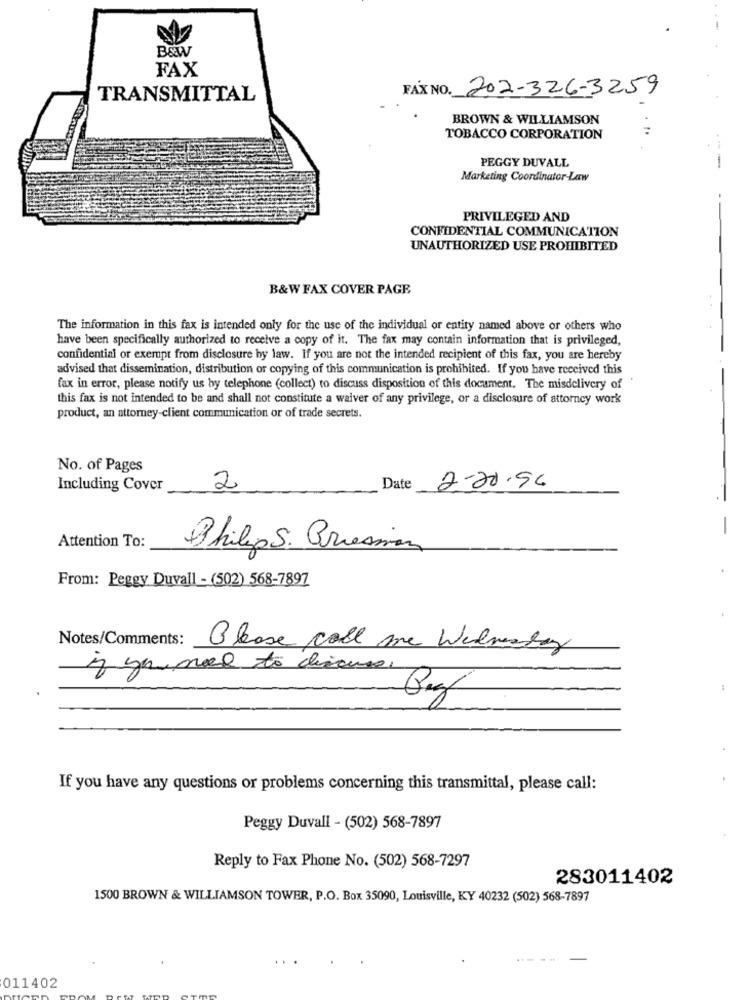
B&W
FAX
FAX NO. 202-326-3259
TRANSMITTAL
BROWN & WILLIAMSON
TOBACCO CORPORATION
PEGGY DUVALL
Marketing Coordinator Law
PRIVILEGED AND
CONFIDENTIAL COMMUNICATION
UNAUTHORIZED USE PROHIBITED
B&W FAX COVER PAGE
The information in this fax is intended only for the use of the individual or entity named above or others who
have been specifically authorized to receive a copy of it. The fax may contain information that is privileged,
confidential or exempt from disclosure by law. If you are not the intended recipient of this fax, you are hereby
advised that dissemination, distribution or copying of this communication is prohibited. If you have received this
fax in error, please notify us by telephone (collect) to discuss disposition of this document. The misdelivery of
this fax is not intended to be and shall not constitute a waiver of any privilege, or a disclosure of attorney work
product, an attorney-client communication or of trade secrets.
No. of Pages
Including Cover
2
Date
2-20.94
-
Attention To:
Philips. Criesman
From: Peggy Duvall - (502) 568-7897
Notes/Comments:
Please call me Wednesday
if you need to discuss,
Beg
If you have any questions or problems concerning this transmittal, please call:
Peggy Duvall - (502) 568-7897
Reply to Fax Phone No. (502) 568-7297
283011402
1500 BROWN & WILLIAMSON TOWER, P.O. Box 35090, Louisville, KY 40232 (502) 568-7897
011402